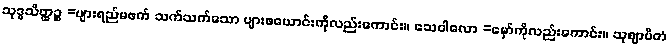
သုဒ္ဓသိတ္ထဉ္စ =ပျားရည်မဖက် သက်သက်သော ပျားဖယောင်းကိုလည်းကောင်း။ သေဝါလော =မှော်ကိုလည်းကောင်း။ သုဈာပိတံ